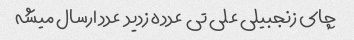
چای زنجبیلی علی تی  عدده زدید  عدد ارسال میشه